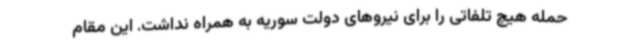
حمله هیچ تلفاتی را برای نیروهای دولت سوریه به همراه نداشت. این مقام